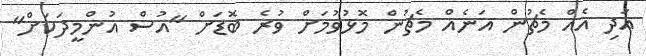
އަދި އެއް މެޗުން އަނެއް މެޗުން މޮޅުވުމަށް ވުރެ ބޮޑަށް "އުސް އުންމީދަކަށް"